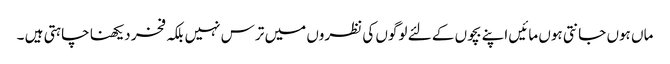
ماں ہوں جانتی ہوں مائیں اپنے بچوں کے لئے لوگوں کی نظروں میں ترس نہیں بلکہ فخر دیکھنا چاہتی ہیں ۔